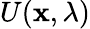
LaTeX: U(\mathbf{x},\lambda)